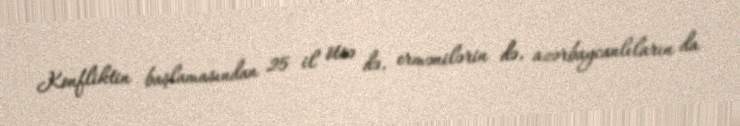
Konfliktin başlamasından 25 il ötsə də, ermənilərin də, azərbaycanlıların da